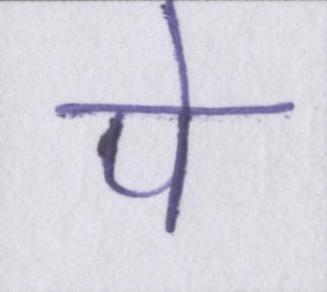
पे